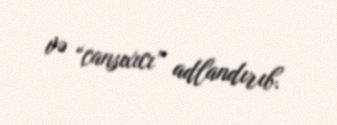
və “cansıxıcı” adlandırıb.